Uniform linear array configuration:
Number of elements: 4
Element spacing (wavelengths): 0.75
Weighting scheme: cosine
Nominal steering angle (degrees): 0
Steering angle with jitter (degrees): -0.9039
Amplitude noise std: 0.05
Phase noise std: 0.05

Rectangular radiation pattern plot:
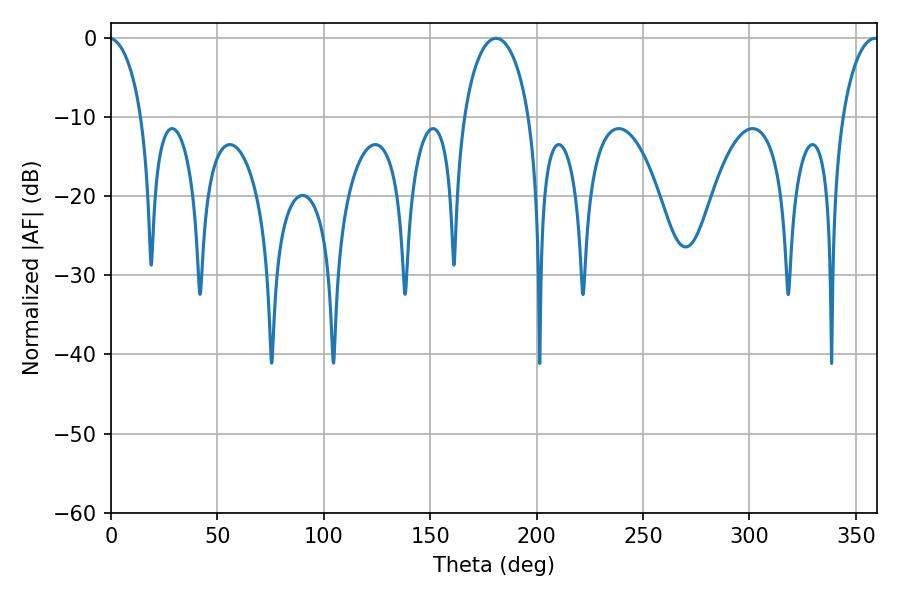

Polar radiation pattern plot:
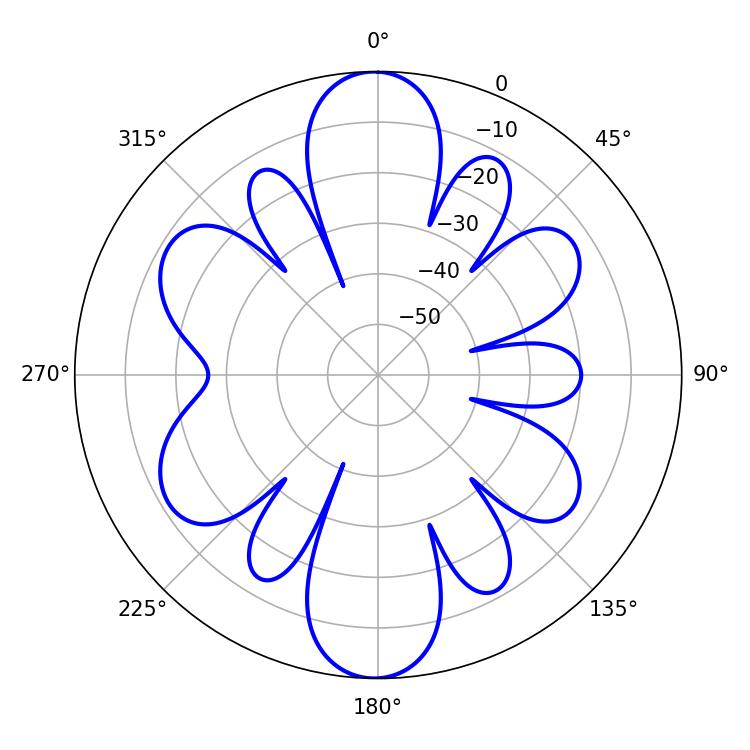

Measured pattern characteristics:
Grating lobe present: TRUE
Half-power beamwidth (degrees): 17.82
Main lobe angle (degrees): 180.9